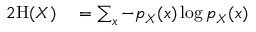
\begin{array} { r l } { { 2 } \mathrm { H } ( X ) } & { { } = \sum _ { x } { - p _ { X } { \left( x \right) } \log { p _ { X } { \left( x \right) } } } } \end{array}